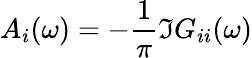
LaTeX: A_{i}(\omega)=-\frac{1}{\pi}\Im G_{ii}(\omega)